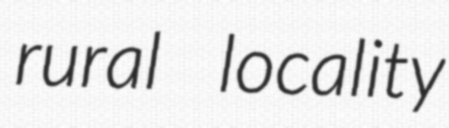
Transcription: rural locality